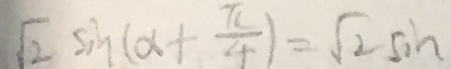
\sqrt { 2 } \sin ( x + \frac { \pi } { 4 } ) = \sqrt { 2 } \sin